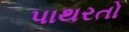
પાથરતો